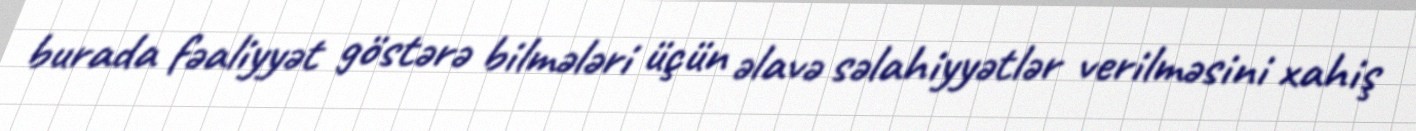
burada fəaliyyət göstərə bilmələri üçün əlavə səlahiyyətlər verilməsini xahiş